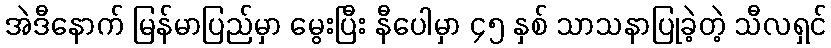
အဲဒီနောက် မြန်မာပြည်မှာ မွေးပြီး နီပေါမှာ ၄၅ နှစ် သာသနာပြုခဲ့တဲ့ သီလရှင်